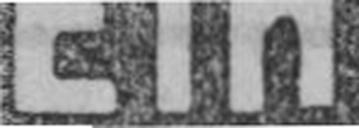
Ein